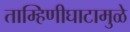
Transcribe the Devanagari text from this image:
ताम्हिणीघाटामुळे